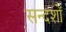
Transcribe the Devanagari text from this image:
सन्दशों